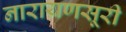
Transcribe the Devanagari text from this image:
नारायणसूरी